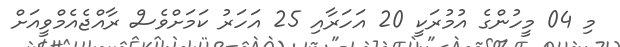
މި 04 މީހުންގެ އުމުރަކީ 20 އަހަރާއި 25 އަހަރު ކަމަށްވެސް ރާއްޖެއެމްވީއަށް